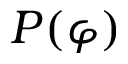
P ( \varphi )